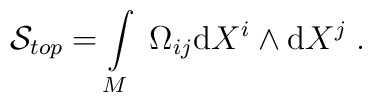
\mathcal{S}_{top}=\int\limits_{M}\;\Omega_{ij}{\rm d}X^i\wedge{\rm d}X^j\;.